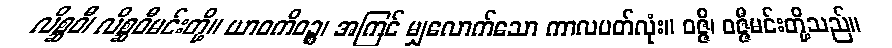
လိစ္ဆဝီ၊ လိစ္ဆဝီမင်းတို့။ ယာဝကိဝဉ္စ၊ အကြင် မျှလောက်သော ကာလပတ်လုံး။ ဝဇ္ဇီ၊ ဝဇ္ဇီမင်းတို့သည်။